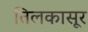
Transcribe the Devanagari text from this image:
तिलकासूर